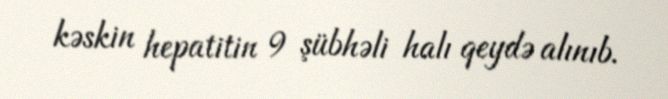
kəskin hepatitin 9 şübhəli halı qeydə alınıb.